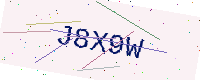
Text: J8X9W